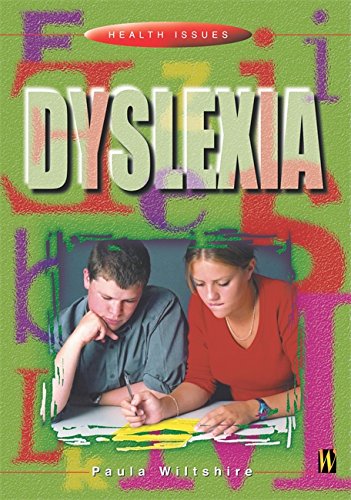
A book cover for Dyslexia (Health Issues); Paula Wiltshire; Teen & Young Adult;